Report of the Indian Hemp Drugs Commission, 1894-1895 - Volume VII
Year: 1894
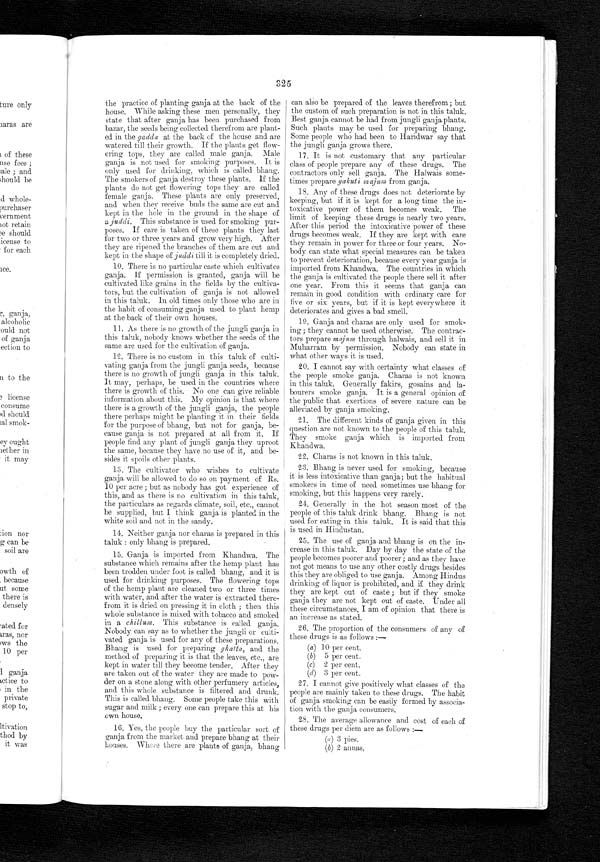
325
the practice of planting ganja at the back of the
house. While asking these men personally, they
state that after ganja has been purchased from
bazar, the seeds being collected therefrom are plant-
ed in the g a d d a
a t t h e b a c k o f t h e h o u s e a n d a r e
watered till their growth. If the plants get flow-
ering tops, they are called male ganja. Male
ganja is not used for smoking purposes. It is
only used for thinking, which is called bhang.
The smokers of ganja destroy these plants. If the
plants do not get flowering tops they are called
female ganja. These plants are only preserved,
and when they receive buds the same are cut and
kept in the hole in the ground in the shape of
a juddi. This substance is used for smoking pur-
poses. If care is taken of these plants they last
for two or three years and grow very high. After
they are ripened the branches of them are cut and
kept in the shape of juddi till it is completely dried.
10. There is no particular caste which cultivates
ganja. If permission is granted, ganja will be
cultivated like grains in the fields by the cultiva-
tors, but the cultivation of ganja is not allowed
in this taluk. In old times only those who are in
the habit of consuming ganja used to plant hemp
at the back of their own houses.
11. As there is no growth of the jungli ganja in
this taluk, nobody knows whether the seeds of the
same are used for the cultivation of ganja.
12. There is no custom in this taluk of culti-
vating ganja from the jungli ganja seeds, because
there is no growth of jungli ganja in this taluk.
It may, perhaps, be used in the countries where
there is growth of this. No one can give reliable
information about this. My opinion is that where
there is a growth of the jungli ganja, the people
there perhaps might be planting it in their fields
for the purpose of bhang, but not for ganja, be-
cause ganja is not prepared at all from it. If
people find any plant of jungli ganja they uproot
the same, because they have no use of it, and be-
sides it spoils other plants.
13. The cultivator who wishes to cultivate
ganja will be allowed to do so on payment of Rs.
10 per acre ; but as nobody has got experience of
this, and as there is no cultivation in this taluk,
the particulars as regards climate, soil, etc., cannot
be supplied, but I think ganja is planted in the
white soil and not in the sandy.
14. Neither ganja nor charas is prepared in this
taluk : only bhang is prepared.
15. Ganja is imported from Khandwa. The
substance which remains after the hemp plant has
been trodden under foot is called bhang, and it is
used for drinking purposes. The flowering tops
of the hemp plant are cleaned two or three times
with water, and after the water is extracted there-
from it is dried on pressing it in cloth ; then this
whole substance is mixed with tobacco and smoked
in a chillum. This substance is called ganja.
Nobody can say as to whether the jungli or culti-
vated ganja is used for any of these preparations.
Bhang is used for preparing ghatta, and the
method of preparing it is that the leaves, etc., are
kept in water till they become tender, After they
are taken out of the water they are made to pow-
der on a stone along with other perfumery articles,
and this whole substance is filtered and drunk.
This is called bhang. Some people take this with
sugar and milk ; every one can prepare this at his
own house.
16. Yes, the people buy the particular sort of
ganja from the market and prepare bhang at their
h o u s e s . Wh e r e t h e r e a r e p l a n t s o f g a n j a , b h a n g
can also be prepared of the leaves therefrom; but
the custom of such preparation is not in this taluk.
Best ganja cannot be had from jungli ganja plants.
Such plants may be used for preparing bhang.
Some people who had been to Haridwar say that
the jungli ganja grows there.
17. It is not customary that any particular
class of people prepare any of these drugs. The
contractors only sell ganja. The Halwais some-
times prepare yakuti majum from ganja.
18. Any of these drugs does not deteriorate by
keeping, but if it is kept for a long time the in-
toxicative power of them becomes weak. The
limit of keeping these drugs is nearly two years.
After this period the intoxicative power of these
drugs becomes weak. If they are kept with care
they remain in power for three. or four years. No-
body can state what special measures can be taken
to prevent deterioration, because every year ganja is
imported from Khandwa. The countries in which
the ganja is cultivated the people there sell it after
one year. From this it seems that ganja can
remain in good condition with ordinary care for
five or six years, but if it is kept everywhere it
deteriorates and gives a bad smell.
19. Ganja and charas are only used for smok-
ing; they cannot be used otherwise. The contrac-
tors prepare majum through halwais, and. sell it in
Muharram by permission. Nobody can state in
what other ways it is used,
20. I cannot say with certainty what classes of
the people smoke ganja. Charas is not known
in this taluk. Generally fakirs, gosains and la-
bourers smoke ganja. It is a general opinion of
the public that exertions of severe nature can be
alleviated by ganja smoking.
21.The different kinds of ganja given in this
question are not known to the people of this taluk.
They smoke ganja which is imported from
Khandwa.
22. Charas is not known in this taluk.
23. Bhang is never used for smoking, because
it is less intoxicative than ganja; but the habitual
smokers in time of need sometimes use bhang for
smoking, but this happens very rarely.
24. Generally in the hot season most of the
people of this taluk drink bhang. Bhang is not
used for eating in this taluk. It is said that this
is used in Hindustan.
25. The use of ganja and bhang is on the in-
crease in this taluk. Day by day the state of the
people becomes poorer and poorer ; and as they have
not got means to use any other costly drugs besides
this they are obliged to use ganja. Among Hindus
drinking of liquor is prohibited, and if they drink
they are kept out of caste ; but if they smoke
ganja they are not kept out of caste. Under all
these circumstances, I am of opinion that there is
an increase as stated.
26. The proportion of the consumers of any of
these drugs is as follows :
—
(a) 10 per cent,
(b) 5 per cent.
(c) 2 per cent.
(d) 3 per cent.
27. I cannot give positively what classes of the
people are mainly taken to these drugs. The habit
of ganja smoking can be easily formed by associa-
tion with the ganja consumers.
28. The average allowance and cost of each of
these drugs per diem are as follows : —
(a) 3 pies.
(b)2 annas,